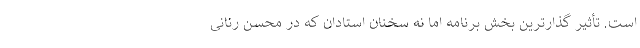
است. تأثیر گذارترین بخش برنامه اما نه سخنان استادان که در محسن رنانی